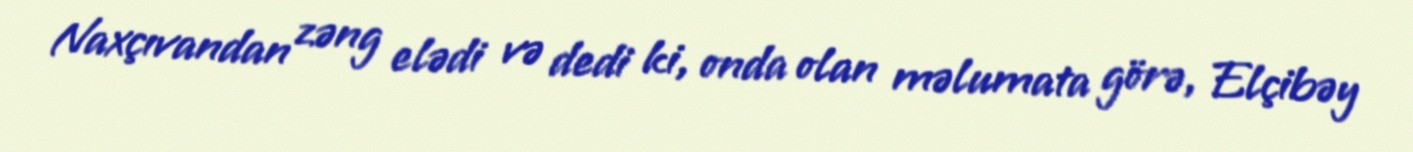
Naxçıvandan zəng elədi və dedi ki, onda olan məlumata görə, Elçibəy